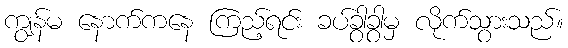
ကျွန်မ နောက်ကနေ ကြည့်ရင်း ခပ်ခွာခွာမှ လိုက်သွားသည်။